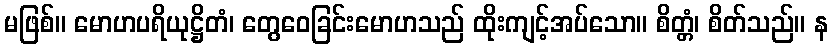
မဖြစ်။ မောဟပရိယုဋ္ဌိတံ၊ တွေဝေခြင်းမောဟသည် ထိုးကျင့်အပ်သော။ စိတ္တံ၊ စိတ်သည်။ န